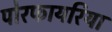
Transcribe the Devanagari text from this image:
पोरफायरिया